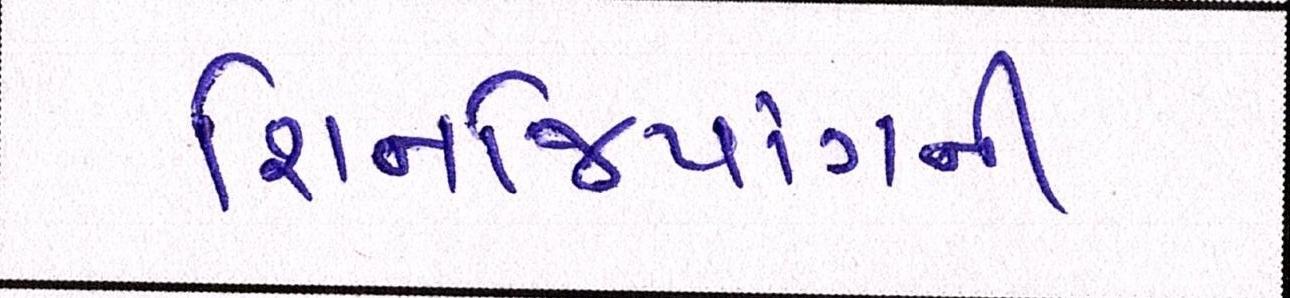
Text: શિનજિયાંગની